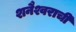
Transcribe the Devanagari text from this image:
शनैश्वराची